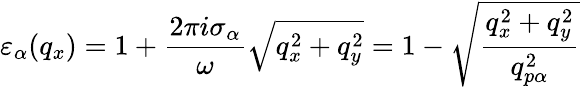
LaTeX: {{\varepsilon}_{\alpha}}({{q}_{x}})=1+\frac{2\pi i{{\sigma}_{\alpha}}}{\omega}\sqrt{q_{x}^{2}+q_{y}^{2}}=1-\sqrt{\frac{q_{x}^{2}+q_{y}^{2}}{q_{p\alpha}^{2}}}